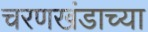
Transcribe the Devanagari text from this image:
चरणखंडाच्या